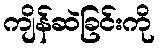
ကျိန်ဆဲခြင်းကို